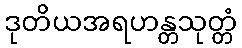
ဒုတိယအရဟန္တသုတ္တံ